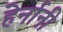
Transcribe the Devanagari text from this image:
हेर्नानी